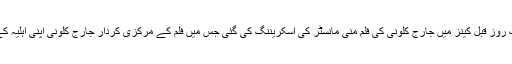
اس سے ایک روز قبل کینز میں جارج کلونی کی فلم منی مانسٹر کی اسکریننگ کی گئی جس میں فلم کے مرکزی کردار جارج کلونی اپنی اہلیہ کے ساتھ آئے۔